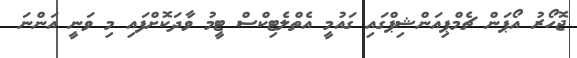
ޖޮހޯރު އޯޕަން ޗެމްޕިއަންޝިޕްގައި ގައުމީ އެތްލެޓިކްސް ޓީމު ވާދަކޮށްފައި މި ވަނީ އަންނަ